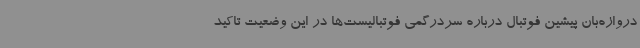
دروازه‌بان پیشین فوتبال درباره سردرگمی فوتبالیست‌ها در این وضعیت تاکید